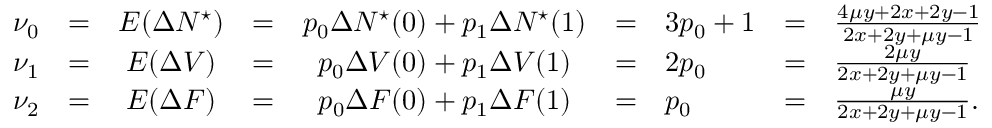
\begin{array} { r c c c c c l c l } { \nu _ { 0 } } & { = } & { E ( \Delta N ^ { \star } ) } & { = } & { p _ { 0 } \Delta N ^ { \star } ( 0 ) + p _ { 1 } \Delta N ^ { \star } ( 1 ) } & { = } & { 3 p _ { 0 } + 1 } & { = } & { \frac { 4 \mu y + 2 x + 2 y - 1 } { 2 x + 2 y + \mu y - 1 } } \\ { \nu _ { 1 } } & { = } & { E ( \Delta V ) } & { = } & { p _ { 0 } \Delta V ( 0 ) + p _ { 1 } \Delta V ( 1 ) } & { = } & { 2 p _ { 0 } } & { = } & { \frac { 2 \mu y } { 2 x + 2 y + \mu y - 1 } } \\ { \nu _ { 2 } } & { = } & { E ( \Delta F ) } & { = } & { p _ { 0 } \Delta F ( 0 ) + p _ { 1 } \Delta F ( 1 ) } & { = } & { p _ { 0 } } & { = } & { \frac { \mu y } { 2 x + 2 y + \mu y - 1 } . } \end{array}